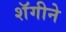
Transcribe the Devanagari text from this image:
शॅगीने